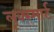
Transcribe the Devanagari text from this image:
लूक्स्मार्ट